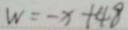
W = - x + 4 8